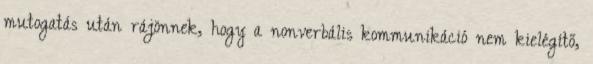
mutogatás után rájönnek, hogy a nonverbális kommunikáció nem kielégítő,